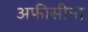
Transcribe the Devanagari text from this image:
अफीसीना